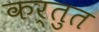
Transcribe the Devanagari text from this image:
कर्तुत